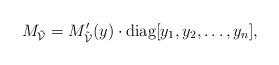
LaTeX: \begin{align*} M_{\tilde{\mathcal{V}}}=M'_{\tilde{\mathcal{V}}}(y)\cdot \operatorname{diag}[y_1,y_2,\dots,y_n], \end{align*}